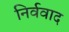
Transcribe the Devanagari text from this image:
निर्ववाद